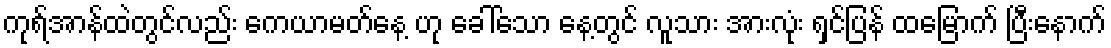
ကုရ်အာန်ထဲတွင်လည်း ကေယာမတ်နေ့ ဟု ခေါ်သော နေ့တွင် လူသား အားလုံး ရှင်ပြန် ထမြောက် ပြီးနောက်